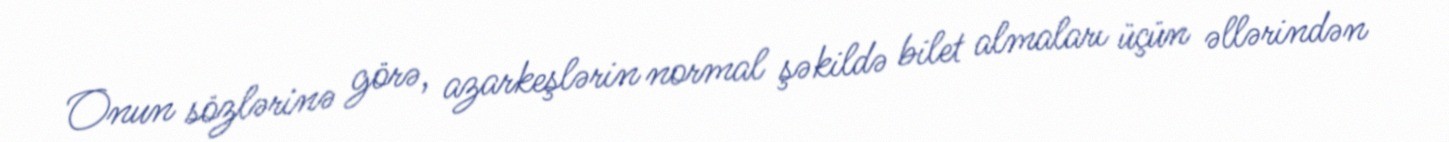
Onun sözlərinə görə, azarkeşlərin normal şəkildə bilet almaları üçün əllərindən